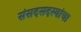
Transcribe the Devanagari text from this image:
संसदसदस्यांचा